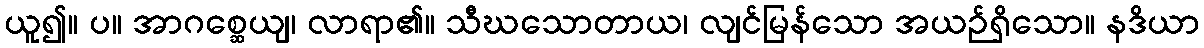
ယူ၍။ ပ။ အာဂစ္ဆေယျ၊ လာရာ၏။ သီဃသောတာယ၊ လျင်မြန်သော အယဉ်ရှိသော။ နဒိယာ